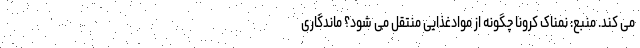
می کند. منبع: نمناک کرونا چگونه از موادغذایی منتقل می شود؟ ماندگاری